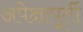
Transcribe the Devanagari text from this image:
अपेक्षापूर्ती